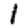
Digit: 1